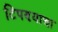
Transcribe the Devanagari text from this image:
टिपण्याचा